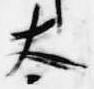
太